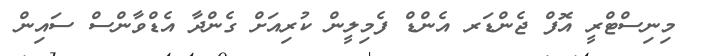
މިނިސްޓްރީ އޮފް ޖެންޑަރ އެންޑް ފެމިލީން ކުރިއަށް ގެންދާ އެޑްވާންސް ސައިން